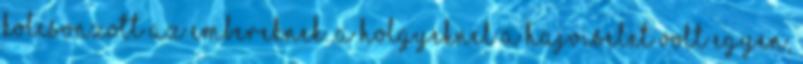
kolcsonzott az embereknek. A holgyeknel a hajviselet volt egyen,